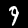
Digit: 9